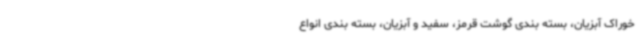
خوراک آبزیان، بسته بندی گوشت قرمز، سفید و آبزیان، بسته بندی انواع